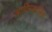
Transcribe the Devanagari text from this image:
आदिमकालिक